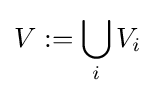
V:=\bigcup _{i}V_{i}\!